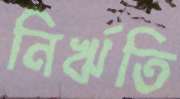
নির্ঋতি